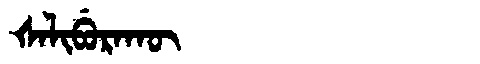
Manchu: ᡧᠠᠯᡳᠪᡠᡵᠠᡴᡡ
Romanization: ŠALIBURAKŪ